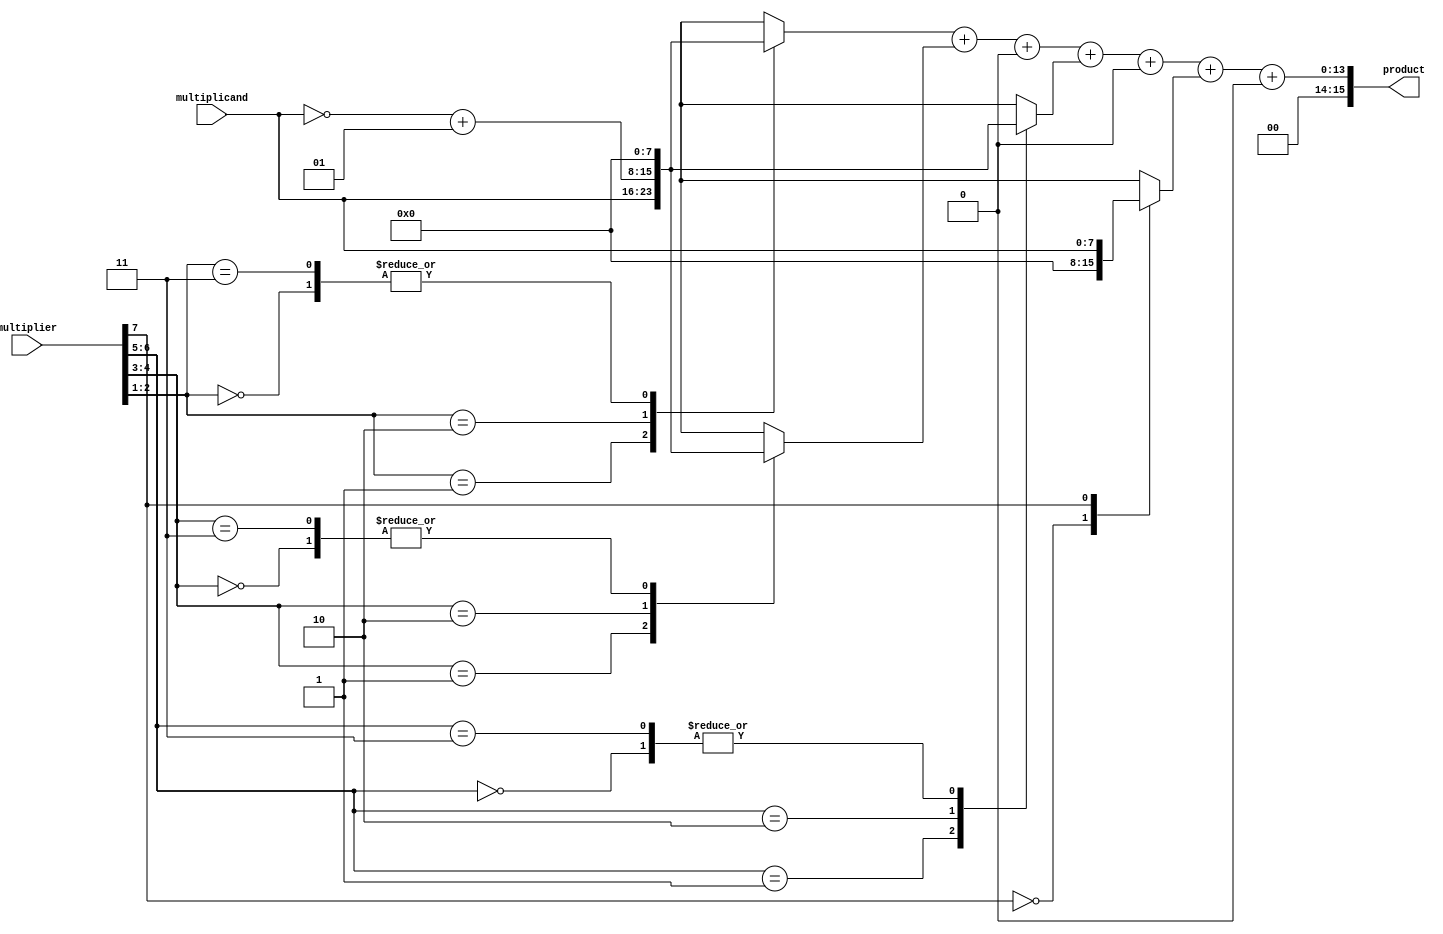
module booth_wallace_multiplier #(parameter A_WIDTH = 8, B_WIDTH = 8)(
    input signed [A_WIDTH-1:0] multiplicand,
    input signed [B_WIDTH-1:0] multiplier,
    output reg signed [A_WIDTH + B_WIDTH - 1:0] product
);

    // Internal wires for partial products
    reg [A_WIDTH-1:0] partial_products[(B_WIDTH/2):0];
    reg [B_WIDTH:0] booth_encoded;
    
    integer i;

    // Booth encoding to generate partial products
    always @(*) begin
        booth_encoded = {1'b0, multiplier}; // Append a 0 for easier encoding
        for (i = 0; i < B_WIDTH; i = i + 1) begin
            case (booth_encoded[i+1:i])
                2'b00: partial_products[i/2] = 0; // No action
                2'b01: partial_products[i/2] = multiplicand; // +M
                2'b10: partial_products[i/2] = ~multiplicand + 1; // -M (2's complement)
                2'b11: partial_products[i/2] = 0; // No action
            endcase
        end
    end

    // Wallace tree reduction of partial products
    wire [A_WIDTH + B_WIDTH - 1:0] sum;
    wire [A_WIDTH + B_WIDTH - 1:0] carry;

    // Example reduction stages (this is a simplified version)
    always @(*) begin
        // Initialize the product with the first partial product
        product = partial_products[0];

        // Reduce using a Wallace tree approach
        for (i = 1; i < (B_WIDTH + 1)/2; i = i + 1) begin
            {carry, sum} = product + partial_products[i];
            product = sum + carry;
        end
    end

endmodule